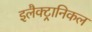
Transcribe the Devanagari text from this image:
इलैक्ट्रानिकल